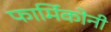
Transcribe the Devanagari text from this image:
फार्मिकोनी